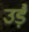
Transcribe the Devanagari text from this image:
उड़ै